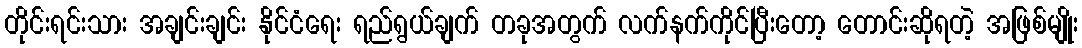
တိုင်းရင်းသား အချင်းချင်း နိုင်ငံရေး ရည်ရွယ်ချက် တခုအတွက် လက်နက်ကိုင်ပြီးတော့ တောင်းဆိုရတဲ့ အဖြစ်မျိုး